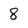
Character: 8